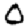
Digit: 0